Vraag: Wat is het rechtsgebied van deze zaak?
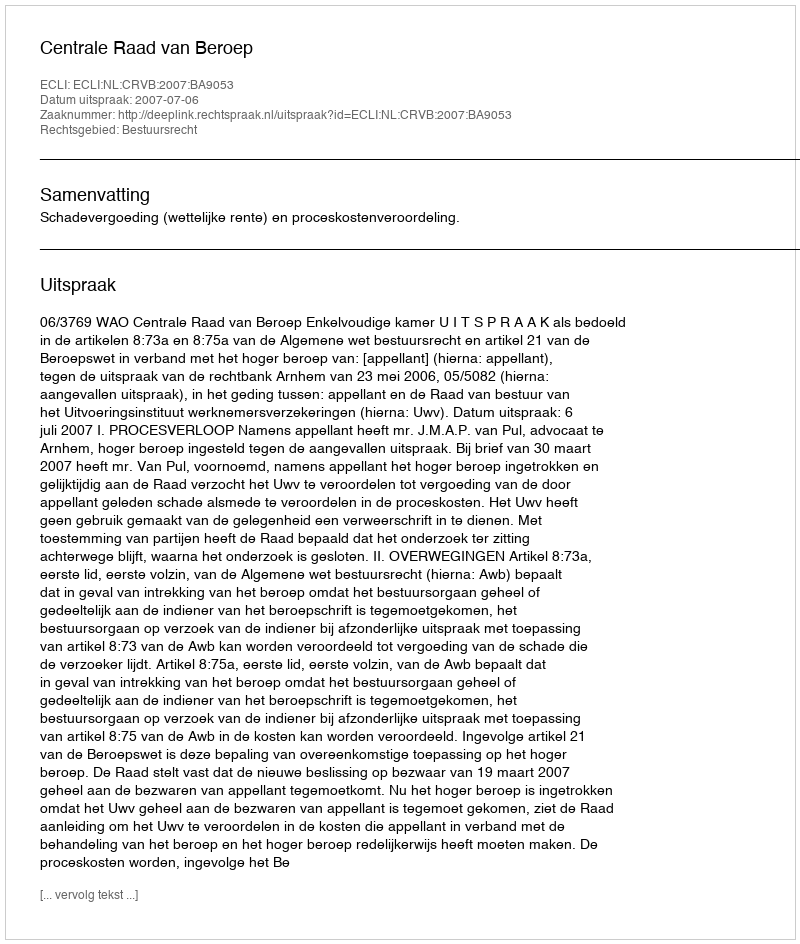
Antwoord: Bestuursrecht